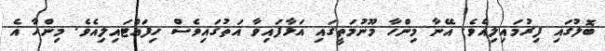
ބޮލުގައި ފިރުމައިލިއެވެ. އޭނާ މިންހާ މޫނުމަތީގައި އަޅާފައިވާ އަތުގައިވެސް ހިފައްޓައިލިއެވެ. މިންހާ އެ